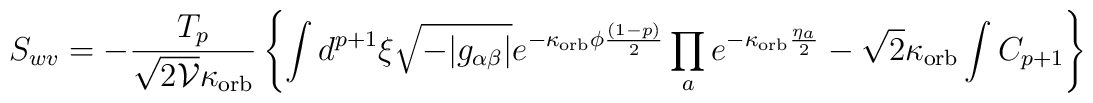
S_{wv}=-\frac{T_p}{\sqrt{2 {\cal V}}\kappa_{\rm orb}}  \left\{\int d^{p+1}\xi   \sqrt{-|g_{\alpha\beta}|}e^{-\kappa_{\rm orb}\phi\frac{(1-p)}{2}}  \prod_a e^{-\kappa_{\rm orb}\frac{\eta_a}{2}}  -\sqrt{2}\kappa_{\rm orb}\int C_{p+1}\right\}